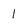
Character: 1